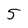
Character: 5